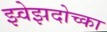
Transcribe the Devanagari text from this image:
झ्वेझदोच्का